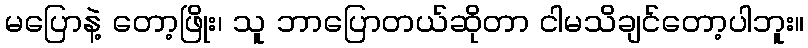
မပြောနဲ့ တော့ဖြိုး၊ သူ ဘာပြောတယ်ဆိုတာ ငါမသိချင်တော့ပါဘူး။